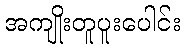
အကျိုးတူပူးပေါင်း